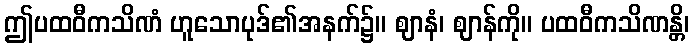
ဤပထဝီကသိဏံ ဟူသောပုဒ်၏အနက်၌။ ဈာနံ၊ ဈာန်ကို။ ပထဝီကသိဏန္တိ၊